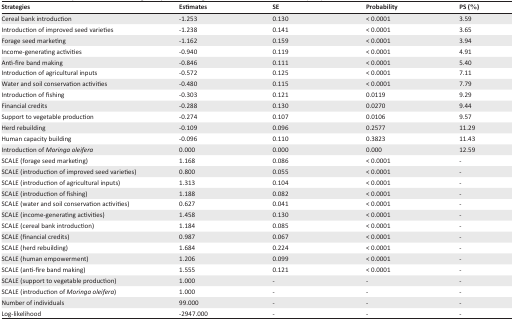
<table><thead><tr><td><b>Strategies</b></td><td><b>Estimates</b></td><td><b>SE</b></td><td><b>Probability</b></td><td><b>PS (%)</b></td></tr></thead><tbody><tr><td>Cereal bank introduction</td><td>−1.253</td><td>0.130</td><td>&lt; 0.0001</td><td>3.59</td></tr><tr><td>Introduction of improved seed varieties</td><td>−1.238</td><td>0.141</td><td>&lt; 0.0001</td><td>3.65</td></tr><tr><td>Forage seed marketing</td><td>−1.162</td><td>0.159</td><td>&lt; 0.0001</td><td>3.94</td></tr><tr><td>Income-generating activities</td><td>−0.940</td><td>0.119</td><td>&lt; 0.0001</td><td>4.91</td></tr><tr><td>Anti-fire band making</td><td>−0.846</td><td>0.111</td><td>&lt; 0.0001</td><td>5.40</td></tr><tr><td>Introduction of agricultural inputs</td><td>−0.572</td><td>0.125</td><td>&lt; 0.0001</td><td>7.11</td></tr><tr><td>Water and soil conservation activities</td><td>−0.480</td><td>0.115</td><td>&lt; 0.0001</td><td>7.79</td></tr><tr><td>Introduction of fishing</td><td>−0.303</td><td>0.121</td><td>0.0119</td><td>9.29</td></tr><tr><td>Financial credits</td><td>−0.288</td><td>0.130</td><td>0.0270</td><td>9.44</td></tr><tr><td>Support to vegetable production</td><td>−0.274</td><td>0.107</td><td>0.0106</td><td>9.57</td></tr><tr><td>Herd rebuilding</td><td>−0.109</td><td>0.096</td><td>0.2577</td><td>11.29</td></tr><tr><td>Human capacity building</td><td>−0.096</td><td>0.110</td><td>0.3823</td><td>11.43</td></tr><tr><td>Introduction of <i>Moringa oleifera</i></td><td>0.000</td><td>0.000</td><td>0.000</td><td>12.59</td></tr><tr><td>SCALE (forage seed marketing)</td><td>1.168</td><td>0.086</td><td>&lt; 0.0001</td><td>-</td></tr><tr><td>SCALE (introduction of improved seed varieties)</td><td>0.800</td><td>0.055</td><td>&lt; 0.0001</td><td>-</td></tr><tr><td>SCALE (introduction of agricultural inputs)</td><td>1.313</td><td>0.104</td><td>&lt; 0.0001</td><td>-</td></tr><tr><td>SCALE (introduction of fishing)</td><td>1.188</td><td>0.082</td><td>&lt; 0.0001</td><td>-</td></tr><tr><td>SCALE (water and soil conservation activities)</td><td>0.627</td><td>0.041</td><td>&lt; 0.0001</td><td>-</td></tr><tr><td>SCALE (income-generating activities)</td><td>1.458</td><td>0.130</td><td>&lt; 0.0001</td><td>-</td></tr><tr><td>SCALE (cereal bank introduction)</td><td>1.184</td><td>0.085</td><td>&lt; 0.0001</td><td>-</td></tr><tr><td>SCALE (financial credits)</td><td>0.987</td><td>0.067</td><td>&lt; 0.0001</td><td>-</td></tr><tr><td>SCALE (herd rebuilding)</td><td>1.684</td><td>0.224</td><td>&lt; 0.0001</td><td>-</td></tr><tr><td>SCALE (human empowerment)</td><td>1.206</td><td>0.099</td><td>&lt; 0.0001</td><td>-</td></tr><tr><td>SCALE (anti-fire band making)</td><td>1.555</td><td>0.121</td><td>&lt; 0.0001</td><td>-</td></tr><tr><td>SCALE (support to vegetable production)</td><td>1.000</td><td>-</td><td>-</td><td>-</td></tr><tr><td>SCALE (introduction of <i>Moringa oleifera</i>)</td><td>1.000</td><td>-</td><td>-</td><td>-</td></tr><tr><td>Number of individuals</td><td>99.000</td><td>-</td><td>-</td><td>-</td></tr><tr><td>Log-likelihood</td><td>−2947.000</td><td>-</td><td>-</td><td>-</td></tr></tbody></table>